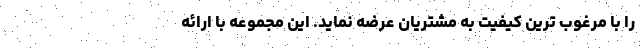
را با مرغوب ترین کیفیت به مشتریان عرضه نماید. این مجموعه با ارائه